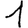
Digit: 1